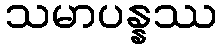
သမာပန္နဿ